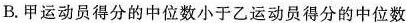
B.甲运动员得分的中位数小于乙运动员得分的中位数